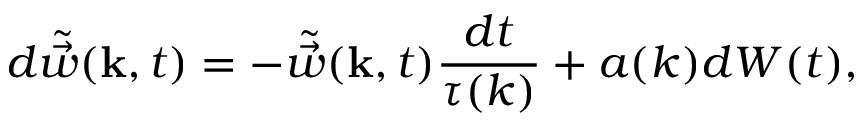
d \tilde { \vec { w } } ( \mathbf { k } , t ) = - \tilde { \vec { w } } ( \mathbf { k } , t ) \frac { d t } { \tau ( k ) } + a ( k ) d W ( t ) ,